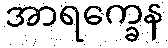
အာရက္ခေန